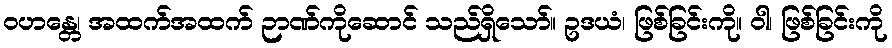
ဝဟန္တေ၊ အထက်အထက် ဉာဏ်ကိုဆောင် သည်ရှိသော်။ ဥဒယံ၊ ဖြစ်ခြင်းကို။ ဝါ၊ ဖြစ်ခြင်းကို